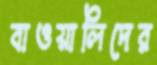
বাওয়ালিদের